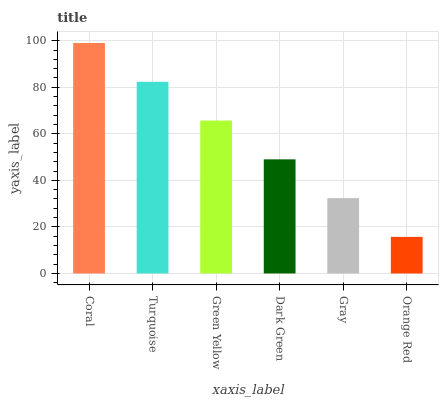
| xaxis_label | bars |
 | --- | --- |
 | Coral | 99 |
 | Turquoise | 82.3 |
 | Green Yellow | 65.7 |
 | Dark Green | 49 |
 | Gray | 32.4 |
 | Orange Red | 15.7 |